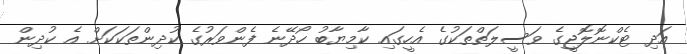
އަދި ޓެކްނޮލޮޖީގެ ވަސީލަތްތަކުގެ އެހީގައި ކާމިޔާބު ހޯދޭނެ ފެންވަރުގެ ކުދިންތަކަކަށް އެ ކުދިން